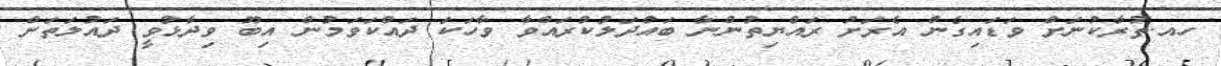
ހއ.ތުރާކުނަށް ވަޑައިގެން އެރަށު ރައްޔިތުންނާ ބައްދަލުކުރައްވާ ވާހަކަ ދައްކަވަމުން އިބޫ ވިދާޅުވީ ދައުލަތަށް